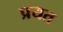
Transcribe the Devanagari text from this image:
प्रयत